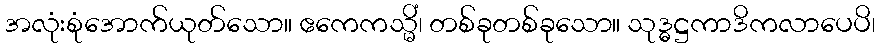
အလုံးစုံအောက်ယုတ်သော။ ဧကေကသ္မိံ၊ တစ်ခုတစ်ခုသော။ သုဒ္ဓဋ္ဌကာဒိကလာပေပိ၊